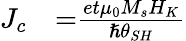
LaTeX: \begin{array}{ll}{J_{c}}&{{=}\frac{et{\mu}_{0}M_{s}H_{K}}{{\hslash}{\theta}_{SH}}}\end{array}